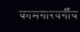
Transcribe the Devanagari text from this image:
कामगारवर्गीय